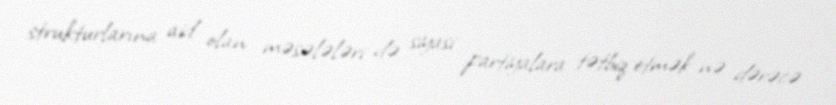
strukturlarına aid olan məsələləri də siyasi partiyalara tətbiq etmək nə dərəcə